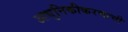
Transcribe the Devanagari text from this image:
आधुनिकीकरणाची